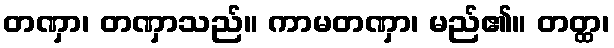
တဏှာ၊ တဏှာသည်။ ကာမတဏှာ၊ မည်၏။ တတ္ထ၊